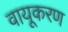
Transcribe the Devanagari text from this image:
वायूकरण